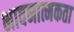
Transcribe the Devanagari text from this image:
भावनात्मकता